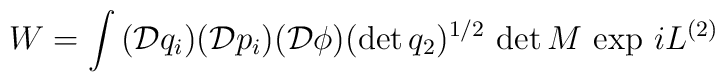
W = \int\, (\mathcal{D} q_i) (\mathcal{D}p_i) (\mathcal{D}\phi)(\det q_2)^{1/2} \, \det M \, \exp\, i L^{(2)}